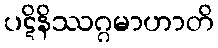
ပဋိနိဿဂ္ဂမာဟာတိ